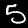
Digit: 5